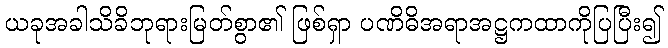
ယခုအခါသိခိဘုရားမြတ်စွာ၏ ဖြစ်ရှာ ပဏိဓိအရာအဋ္ဌကထာကိုပြပြီး၍